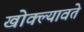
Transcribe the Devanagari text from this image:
खोक्ल्यावते